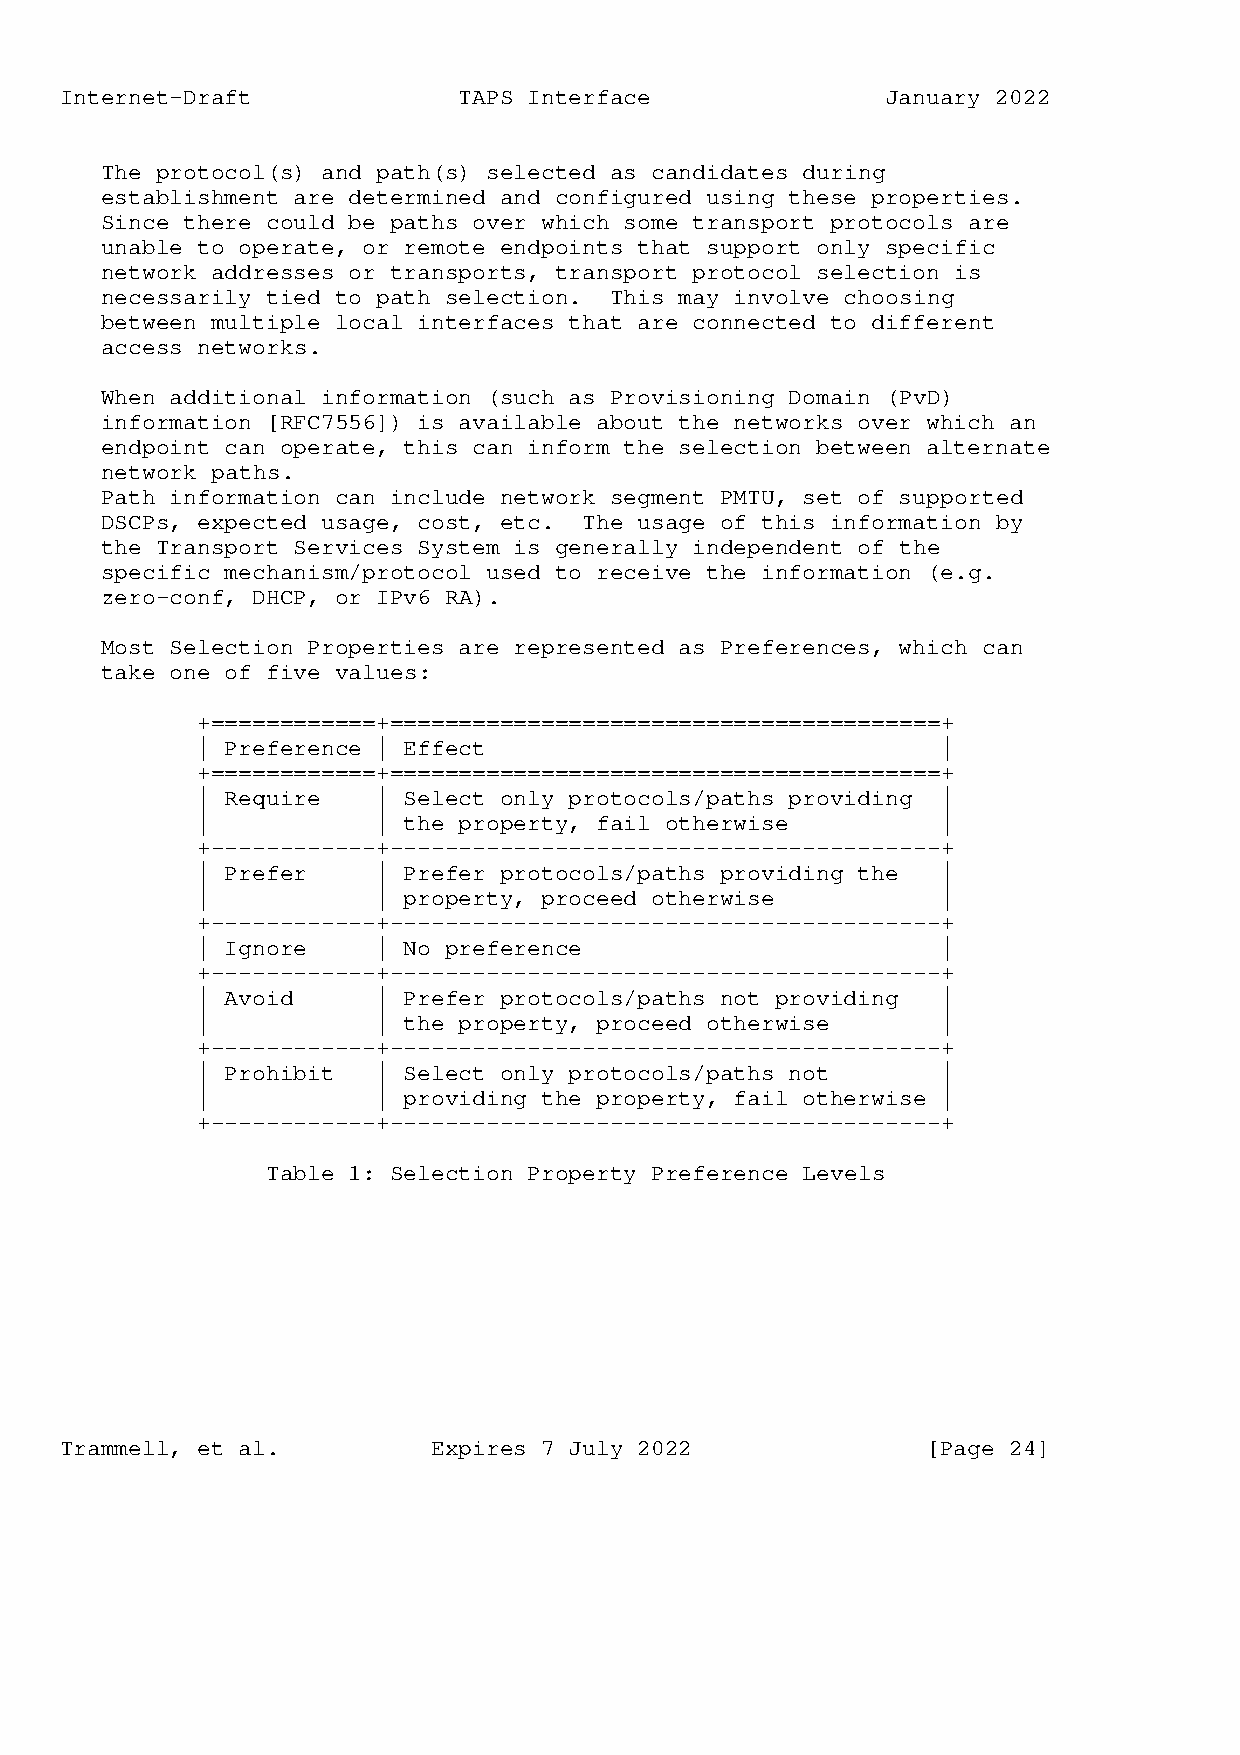
Internet-Draft            TAPS Interface               January 2022
 The protocol(s) and path(s) selected as candidates during
 establishment are determined and configured using these properties.
 Since there could be paths over which some transport protocols are
 unable to operate, or remote endpoints that support only specific
 network addresses or transports, transport protocol selection is
 necessarily tied to path selection. This may involve choosing
 between multiple local interfaces that are connected to different
 access networks.
 When additional information (such as Provisioning Domain (PvD)
 information [RFC7556]) is available about the networks over which an
 endpoint can operate, this can inform the selection between alternate
 network paths.
 Path information can include network segment PMTU, set of supported
 DSCPs, expected usage, cost, etc. The usage of this information by
 the Transport Services System is generally independent of the
 specific mechanism/protocol used to receive the information (e.g.
 zero-conf, DHCP, or IPv6 RA).
 Most Selection Properties are represented as Preferences, which can
 take one of five values:
 +============+========================================+
 | Preference | Effect                            |
 +============+========================================+
 | Require   | Select only protocols/paths providing |
 |           | the property, fail otherwise       |
 +------------+----------------------------------------+
 | Prefer    | Prefer protocols/paths providing the |
 |           | property, proceed otherwise        |
 +------------+----------------------------------------+
 | Ignore    | No preference                      |
 +------------+----------------------------------------+
 | Avoid     | Prefer protocols/paths not providing |
 |           | the property, proceed otherwise    |
 +------------+----------------------------------------+
 | Prohibit  | Select only protocols/paths not    |
 |           | providing the property, fail otherwise |
 +------------+----------------------------------------+
 Table 1: Selection Property Preference Levels
 Trammell, et al.         Expires 7 July 2022             [Page 24]